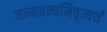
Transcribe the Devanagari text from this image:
जन्मबन्धनिवृत्यर्थं